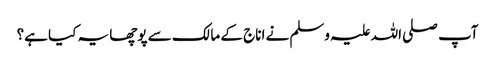
آپ صلی اللہ علیہ وسلم نے اناج کے مالک سے پوچھا یہ کیا ہے؟